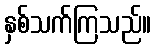
နှစ်သက်ကြသည်။